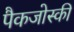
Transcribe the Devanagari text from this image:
पैकजोस्की